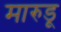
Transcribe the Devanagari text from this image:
मारुडू